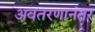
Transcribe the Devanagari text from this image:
अवतरणानंतर